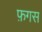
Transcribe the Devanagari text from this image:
फ़गस